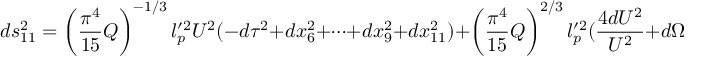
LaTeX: d s _ { 1 1 } ^ { 2 } = \left( \frac { \pi ^ { 4 } } { 1 5 } Q \right) ^ { - 1 / 3 } l _ { p } ^ { \prime 2 } U ^ { 2 } ( - d \tau ^ { 2 } + d x _ { 6 } ^ { 2 } + \cdots + d x _ { 9 } ^ { 2 } + d x _ { 1 1 } ^ { 2 } ) + \left( \frac { \pi ^ { 4 } } { 1 5 } Q \right) ^ { 2 / 3 } l _ { p } ^ { \prime 2 } ( \frac { 4 d U ^ { 2 } } { U ^ { 2 } } + d \Omega _ { ( 4 ) } ^ { 2 } )